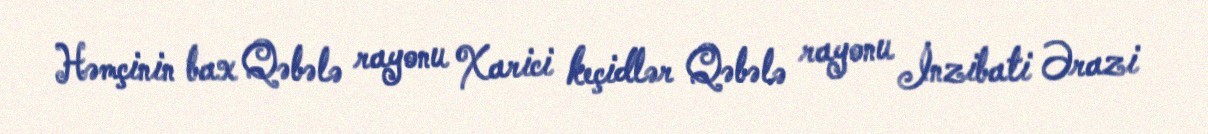
Həmçinin bax Qəbələ rayonu Xarici keçidlər Qəbələ rayonu İnzibati Ərazi